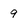
Character: 9